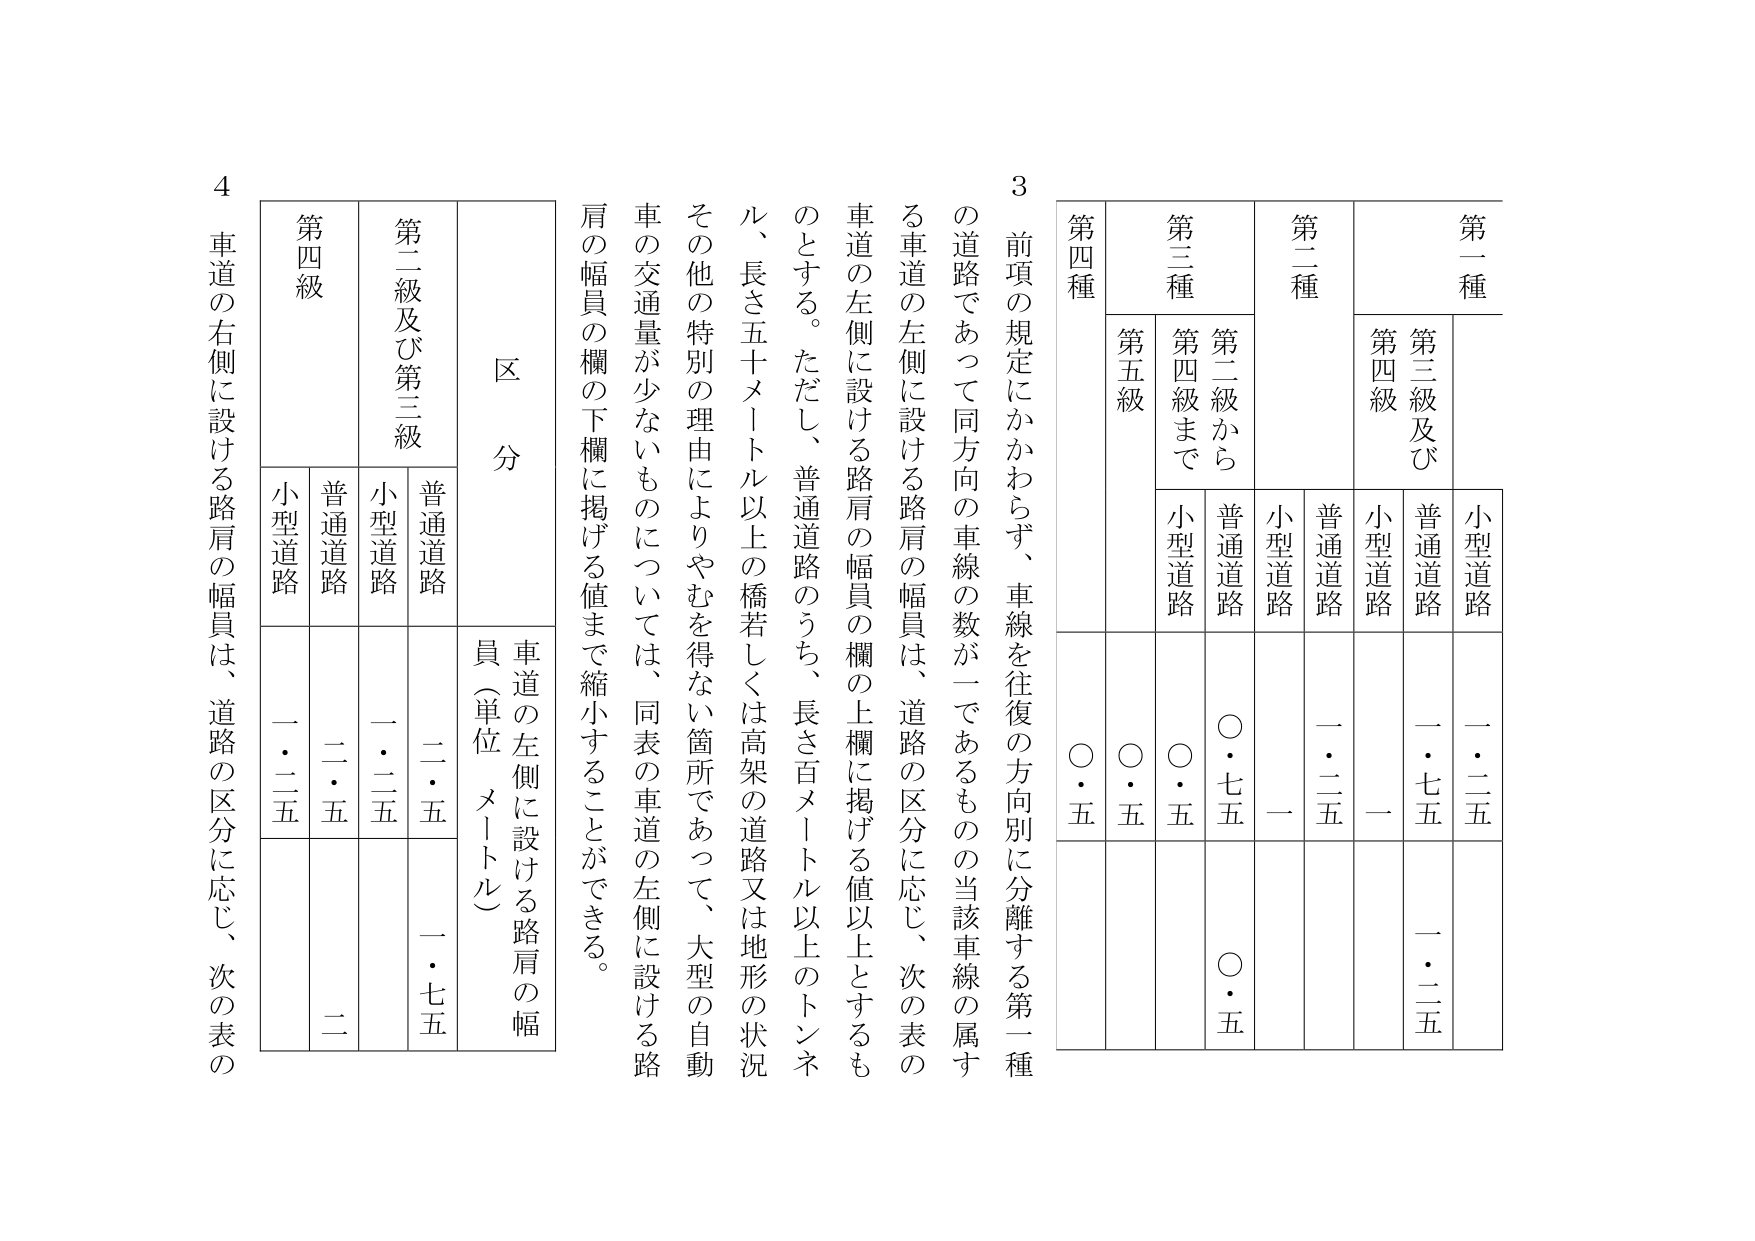
3 前項の規定にかかわらず、車線を往復の方向別に分離する第一種の道路であって同方向の車線の数が一であるものの当該車線の属する車道の左側に設ける路肩の幅員は、道路の区分に応じ、次の表の車道の左側に設ける路肩の幅員の欄の上欄に掲げる値以上とするものとする。ただし、普通道路のうち、長さ百メートル以上のトンネル、長さ五十メートル以上の橋若しくは高架の道路又は地形の状況その他の特別の理由によりやむを得ない箇所であって、大型の自動車の交通量が少ないものについては、同表の車道の左側に設ける路肩の幅員の欄の下欄に掲げる値まで縮小することができる。

4 車道の右側に設ける路肩の幅員は、道路の区分に応じ、次の表の

区 分
車道の左側に設ける路肩の幅員（単位 メートル）

第二級及び第三級
第四級

普通道路
小型道路
普通道路
小型道路

二・五
一・二五
二・五
一・二五

第二種
第三種
第四種

第三級及び第四級
第二級から第四級まで
第五級

普通道路
小型道路
普通道路
小型道路
普通道路
小型道路

一・二五
一
〇・七五
〇・五
〇・五
〇・五

第一種
第三級及び第四級
普通道路
小型道路

一・七五
一・二五

一・二五
一